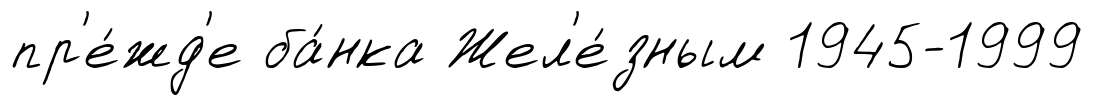
пр'е́жд'е ба́нка Жел'е́зным 1945-1999